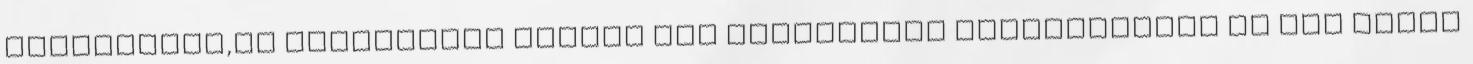
elolvasnám,ha átküldenéd akinek van valamilyen tapasztalata és van kedve